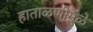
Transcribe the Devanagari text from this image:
हाताळणीमुळे